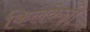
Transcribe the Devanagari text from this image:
किलकेन्नी